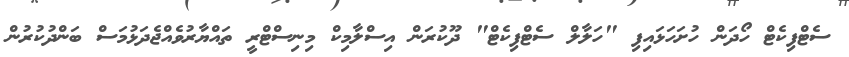
ސެޓްފިކެޓް ހޯދަން ހުށަހަޅައިފި "ހަލާލް ސެޓްފިކެޓް" ދޫކުރަން އިސްލާމިކް މިނިސްޓްރީ ތައްޔާރުވެއްޖެދަޅުމަސް ބަންދުކުރުން